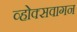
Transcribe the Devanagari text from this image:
व्होक्सवागन